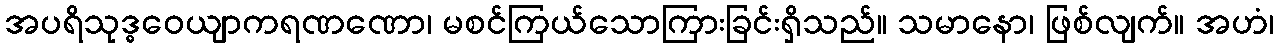
အပရိသုဒ္ဓဝေယျာကရဏဏော၊ မစင်ကြယ်သောကြားခြင်းရှိသည်။ သမာနော၊ ဖြစ်လျက်။ အဟံ၊